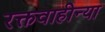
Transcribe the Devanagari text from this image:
रक्तवाहीन्या